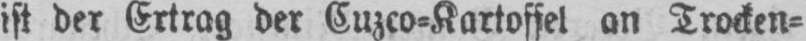
ist der Ertrag der Cuzco⸗Kartoffel an Trocken⸗